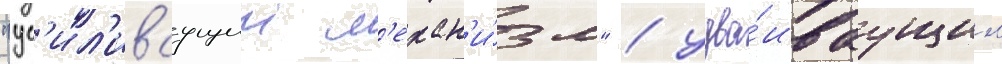
"ус'ил'иваущии м'ехан'и́зм" / удва́иваущим